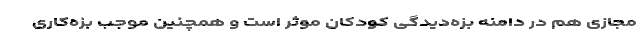
مجازی هم در دامنه بزه‌دیدگی کودکان موثر است و همچنین موجب بزه‌کاری